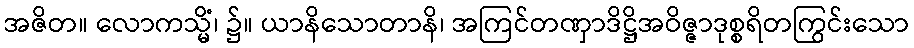
အဇိတ။ လောကသ္မိံ၊ ၌။ ယာနိသောတာနိ၊ အကြင်တဏှာဒိဋ္ဌိအဝိဇ္ဇာဒုစ္စရိတကြွင်းသော